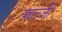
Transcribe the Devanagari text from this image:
यहत्जी